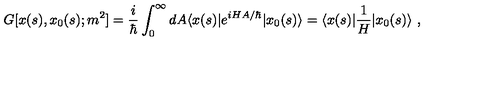
G [ x ( s ) , x _ { 0 } ( s ) ; m ^ { 2 } ] = { \frac { i } { \hbar } } \int _ { 0 } ^ { \infty } d A \langle x ( s ) | e ^ { i H A / \hbar } | x _ { 0 } ( s ) \rangle = \langle x ( s ) | { \frac { 1 } { H } } | x _ { 0 } ( s ) \rangle \ ,